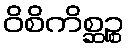
ဝိစိကိစ္ဆဉ္စ